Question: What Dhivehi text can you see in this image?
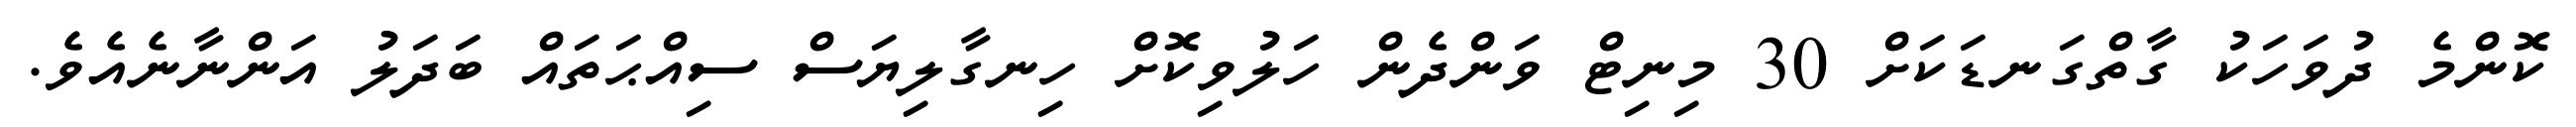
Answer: ކޮންމެ ދުވަހަކު ގާތްގަނޑަކަށް 30 މިނިޓް ވަންދެން ހަލުވިކޮށް ހިނގާލިޔަސް ސިއްޙަތައް ބަދަލު އަންނާނެއެވެ.